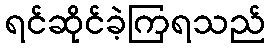
ရင်ဆိုင်ခဲ့ကြရသည်